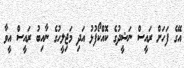
އޭގެ ފަހަށް ރައީސް ނަޝީދުގެ ކޮއްކޯފުޅު އަދި މަޖިލީހުގެ ނާއިބު ރައީސް އީވާ